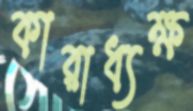
কারাধ্যক্ষ